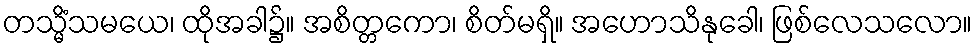
တသ္မိံသမယေ၊ ထိုအခါ၌။ အစိတ္တကော၊ စိတ်မရှိ။ အဟောသိနုခေါ၊ ဖြစ်လေသလော။